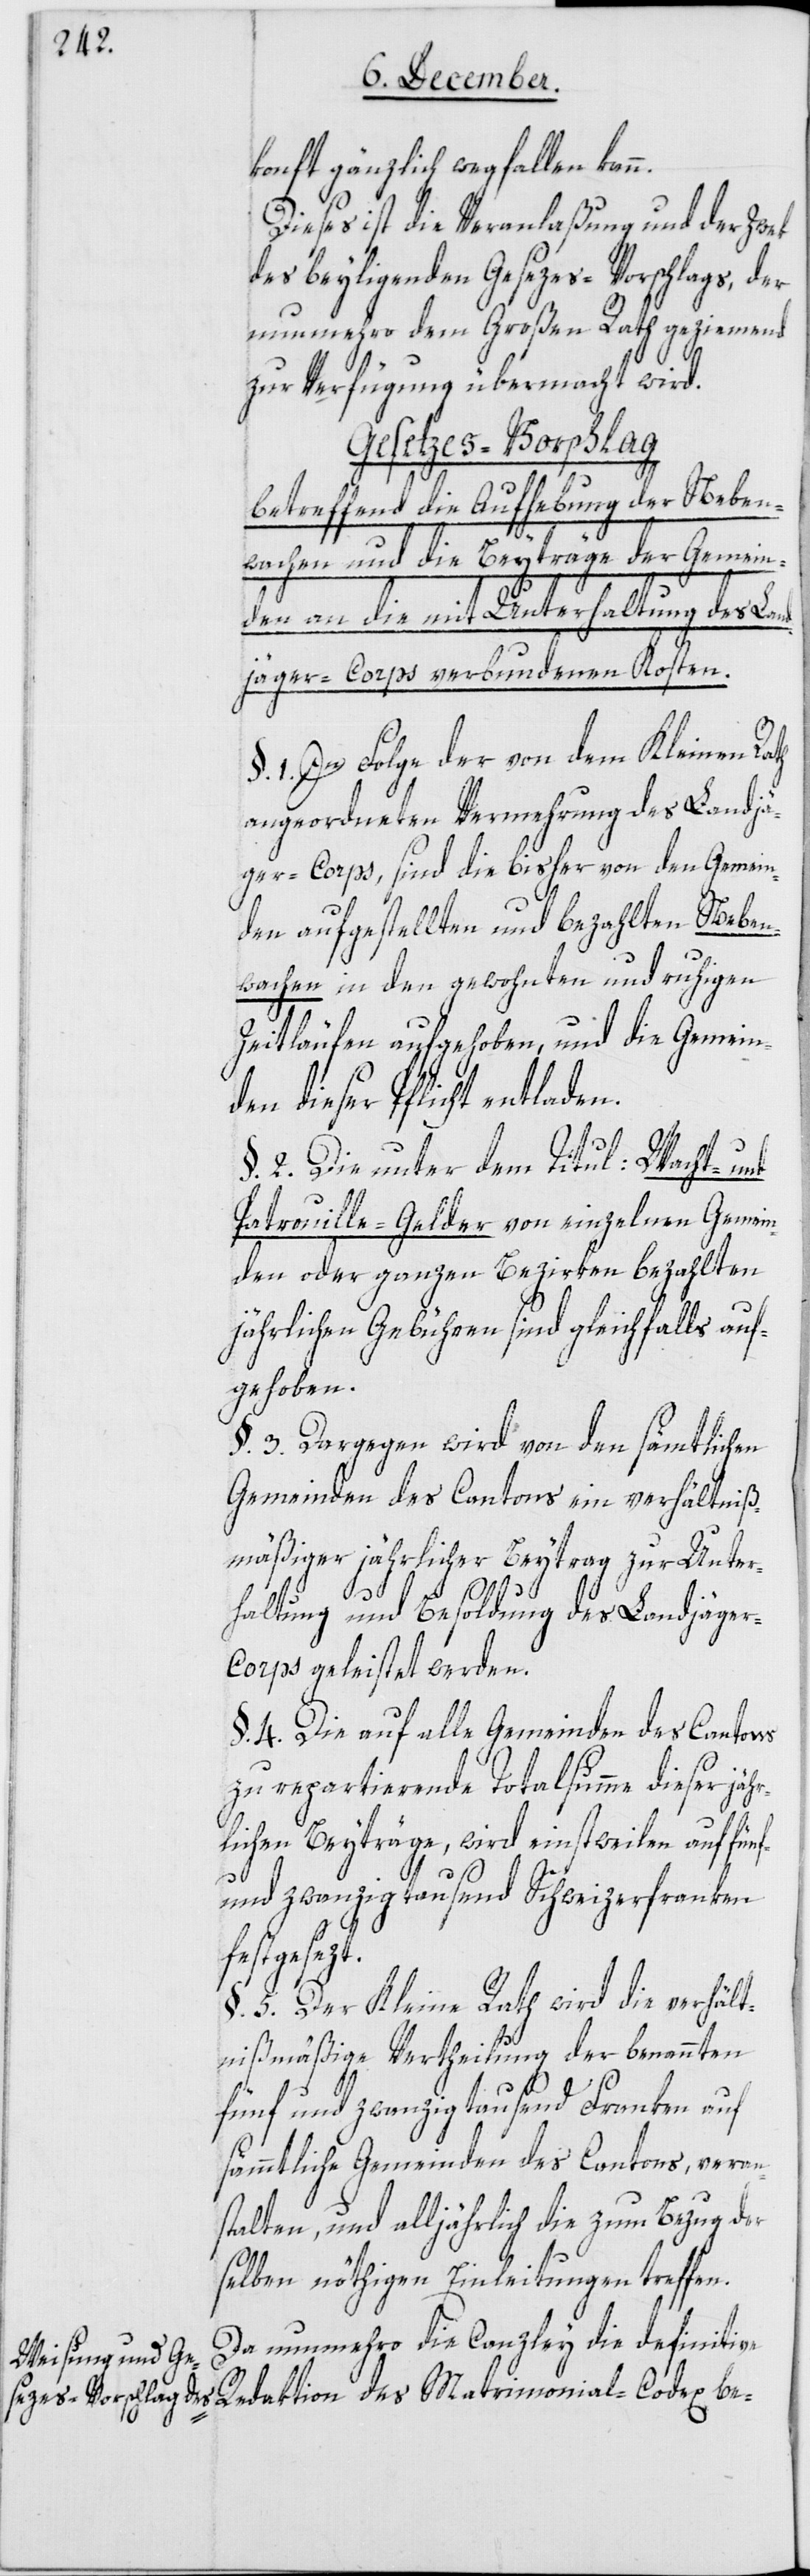
konft gänzlich wegfallen kann.
Dieses ist die Veranlaßung und der Zwek
des beiliegenden Gesezes-Vorschlags, der
nunmehro dem Großen Rath geziemend
zur Verfügung übermacht wird.
verbundenen Kosten.
betreffend die Aufhebung der Neben¬
wachen und die Beyträge der Gemein¬
den an die mit Unterhaltung des L¬
§ 1 In Folge der von dem Kleinen Rath
angeordneten Vermehrung des Landjä¬
ger-Corps, sind die bisher von den Gemein¬
den aufgestellten und bezahlten Neben¬
wachen in den gewohnten und ruhigen
Zeitläufen aufgehoben, und die Gemein¬
den dieser Pflicht entladen.
§ 2 Die unter dem Titul: „Nacht- und
Patrouille-Gelder“ von einzelnen Gemein¬
den oder ganzen Bezirken bezahlten
jährlichen Gebühren sind gleichfalls auf¬
gehoben.
§ 3 Dargegen wird von den sämtlichen
Gemeinden des Cantons ein verhältnis¬
mäßiger jährlicher Beytrag zur Unter¬
t.
haltung und Besoldung des Landjäge¬
r-Corps geleistet werden.
§ 4 Die auf alle Gemeinden des Cantons
zu repartierende Totalsumme dieser jäh¬
rlichen Beyträge, wird einstweilen auf fünf¬
undzwanzigtausend Schweizerfranken
festgesez¬
§ 5 Der Kleine Rath wird die verhält¬
nismäßige Vertheilung der benannten
fünf und zwanzigtausend Franken auf
sämmtliche Gemeinden des Cantons, veran¬
stalten, und alljährlich die zum Bezug der¬
selben nöthigen Einleitungen treffen.